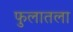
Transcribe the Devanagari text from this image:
फुलातला